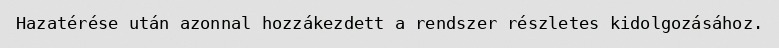
Hazatérése után azonnal hozzákezdett a rendszer részletes kidolgozásához.